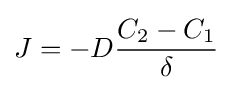
{\bigg .}J=-D{\frac {C_{2}-C_{1}}{\delta }}{\bigg .}